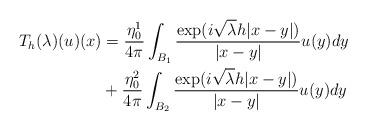
LaTeX: \begin{align*} T_h(\lambda)(u)({x})&=\frac{\eta_0^1}{4\pi}\int_{B_1}\frac{\exp({i\sqrt{\lambda}h|x-y|)}}{|x-y|}u(y)dy\\ &+\frac{\eta_0^2}{4\pi}\int_{B_2}\frac{\exp({i\sqrt{\lambda}h|x-y|)}}{|x-y|}u(y)dy\end{align*}